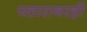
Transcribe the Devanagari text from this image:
पठारावरही